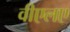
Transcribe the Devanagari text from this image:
वीएलए